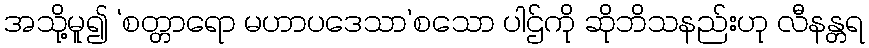
အသို့မူ၍ ‘စတ္တာရော မဟာပဒေသာ’စသော ပါဌ်ကို ဆိုဘိသနည်းဟု လီနန္တရ